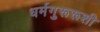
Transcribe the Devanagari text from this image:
धर्मगुरूरूशी